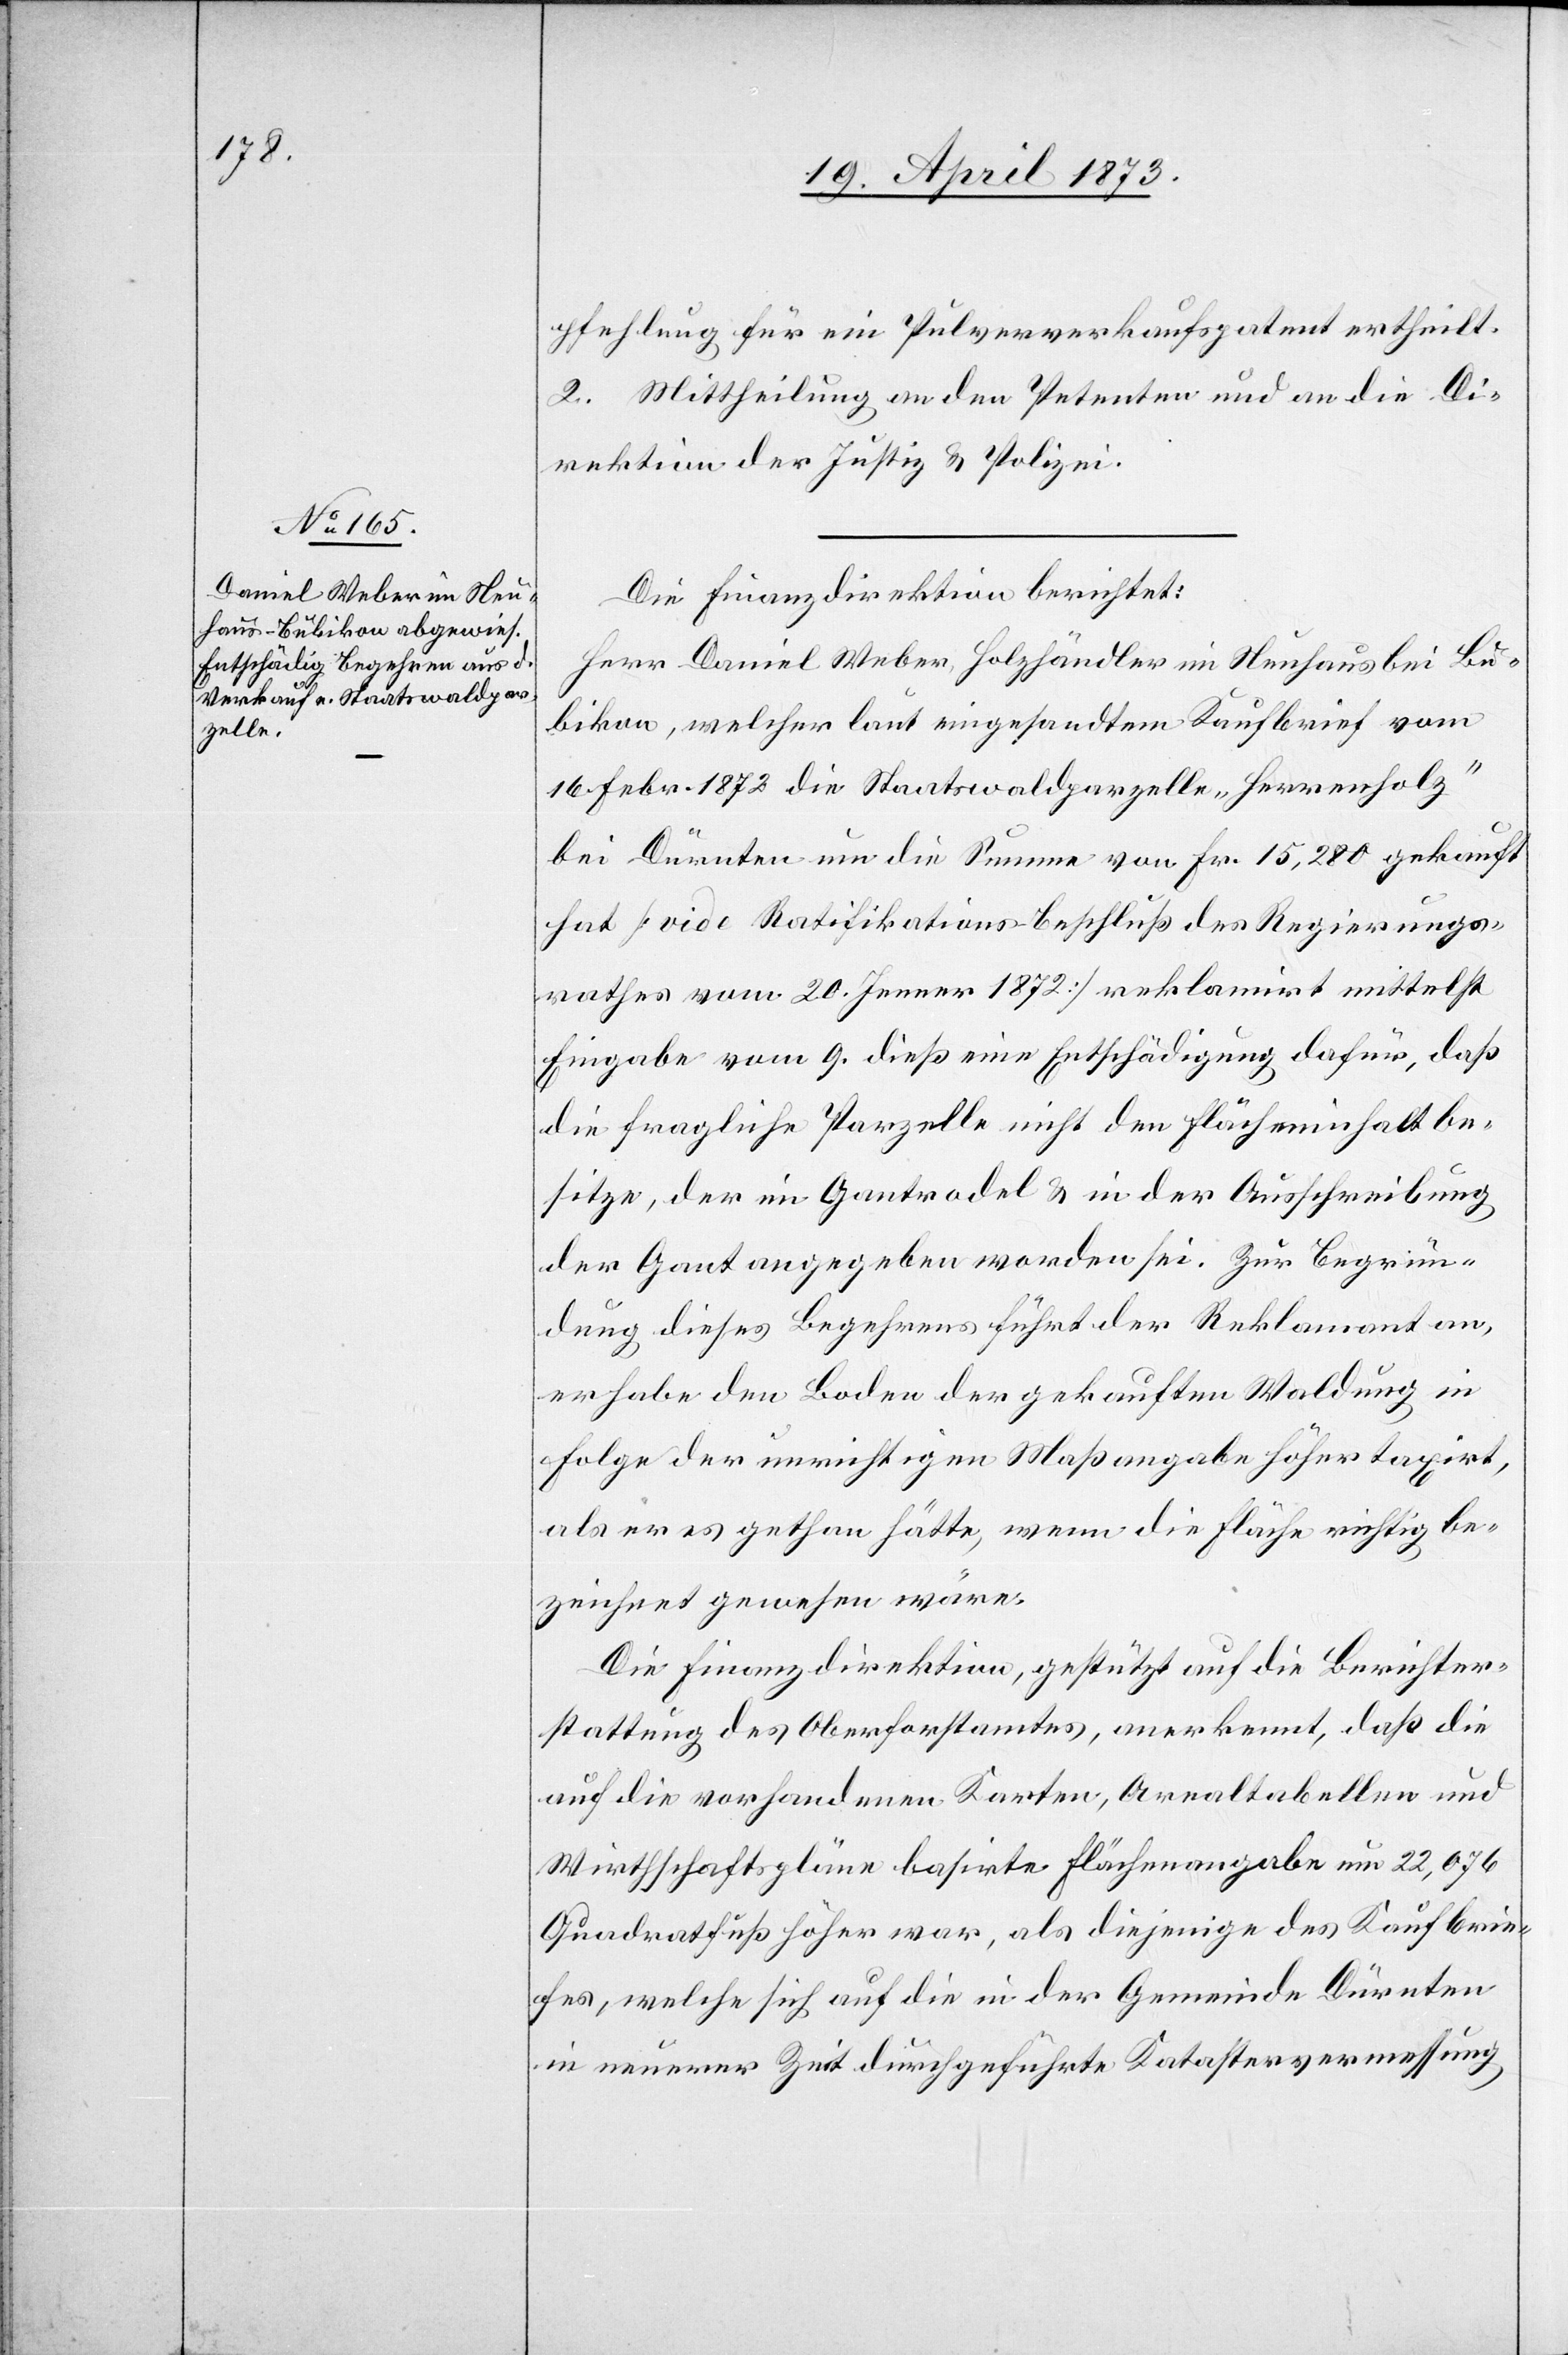
pfehlung für ein Pulververkaufspatent ertheilt.
2. Mittheilung an den Petenten und an die Di¬
rektion der Justiz & Polizei.
Die Finanzdirektion berichtet:
Herr Daniel Weber, Holzhändler im Neuhaus bei Bu¬
bikon, welcher laut eingesandtem Kaufbrief vom
16. Febr. 1872 die Staatswaldparzelle „Herrenholz“
bei Dürnten um die Summe von Fr. 15,280 gekauft
hat [vide Ratifikations-Beschluß des Regierungs¬
rathes vom 20 Jenner 1872] reklamirt mittelst
Eingabe vom 9. dieß eine Entschädigung dafür, daß
die fragliche Parzelle nicht den Flächeninhalt be¬
sitze, der im Gantrodel & in der Ausschreibung
der Gant angegeben worden sei. Zur Begrün¬
dung dieses Begehrens führt der Reklamant an,
er habe den Boden der gekauften Waldung in
Folge der unrichtigen Maßangabe höher taxirt,
als er es gethan hätte, wenn die Fläche richtig be¬
zeichnet gewesen wäre.
Die Finanzdirektion, gestützt auf die Berichter¬
stattung des Oberforstamtes, anerkennt, daß die
auf die vorhandenen Karten, Arealtabellen und
Wirthschaftspläne basirte Flächenangabe um 22,676
Quadratfuß höher war, als diejenige des Kaufbrie¬
fes, welche sich auf die in der Gemeinde Dürnten
in neuerer Zeit durchgeführte Katastervermessung